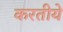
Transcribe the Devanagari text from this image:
करतीये